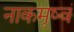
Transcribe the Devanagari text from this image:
नाकमृष्वं